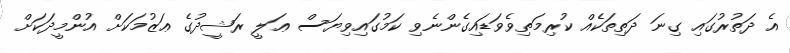
އެ ދަތުރުގައި ގިނަ ދަތިތަކެއް ކުރިމަތިވެވަޑައިގެންނެވި ކަމުގައިވިޔަސް ޢަލީ ރަޝީދުގެ ޢަޒުމަކަށް އުންމީދަކަށް